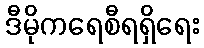
ဒီမိုကရေစီရရှိရေး